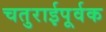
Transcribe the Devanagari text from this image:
चतुराईपूर्वक